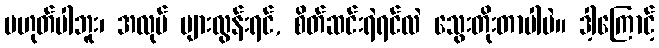
မဟုတ်ပါဘူး၊ အလုပ် များလွန်းရင်, စိတ်ဆင်းရဲရင်လဲ သွေးတိုးတာပါပဲ။ ဒါ့ကြောင့်